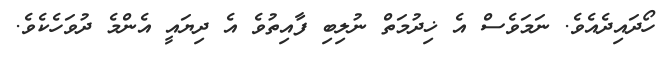
ހޯދައިދެއެވެ. ނަމަވެސް އެ ޚިދުމަތް ނުލިބި ފާއިތުވެ އެ ދިޔައީ އެންމެ ދުވަހެކެވެ.